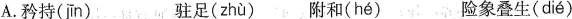
A.矜持(jīn) 驻足( zhù) 附和( hé ) 险象叠生( dié )